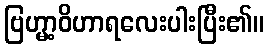
ဗြဟ္မာ့ဝိဟာရလေးပါးပြီး၏။